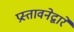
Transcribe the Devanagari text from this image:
प्रस्तावनेद्वारे